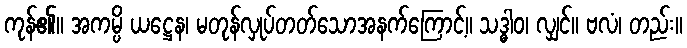
ကုန်၏။ အကမ္ပိ ယဋ္ဌေန၊ မတုန်လှုပ်တတ်သောအနက်ကြောင့်။ သဒ္ဓါဝ၊ လျှင်။ ဗလံ၊ တည်း။